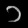
Digit: ၁